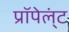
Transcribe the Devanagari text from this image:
प्रॉपेल्ंट